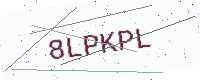
Text: 8LPKPL